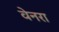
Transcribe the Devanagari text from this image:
वेनरा